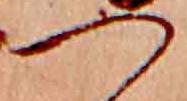
つ